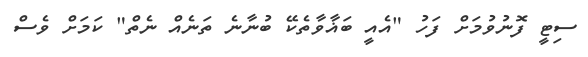
ސިޓީ ފޮނުވުމަށް ފަހު "އެއީ ބަޣާވާތެކޭ ބުނާނެ ތަނެއް ނެތް" ކަމަށް ވެސް